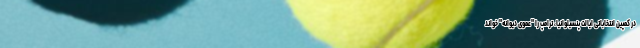
در کمپین انتخاباتی ایالت پنسیلوانیا، ترامپ را "عموی دیوانه" خواند